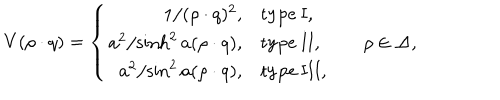
V ( \rho \cdot q ) = \left\{ \begin{array} { r l l } { { { 1 / { ( \rho \cdot q ) ^ { 2 } } } , } } & { { \mathrm { t y p e ~ I } , } } & { { } } \\ { { { a ^ { 2 } / { \sinh ^ { 2 } a ( \rho \cdot q ) } } , } } & { { \mathrm { t y p e ~ I I } , } } & { { \quad \rho \in \Delta , } } \\ { { { a ^ { 2 } / { \sin ^ { 2 } a ( \rho \cdot q ) } } , } } & { { \mathrm { t y p e ~ I I I } , } } & { { } } \\ \end{array} \right.